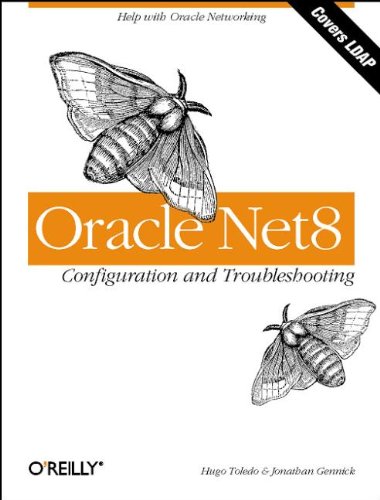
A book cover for Oracle Net8 Configuration and Troubleshooting; Hugo Toledo; Computers & Technology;